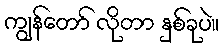
ကျွန်တော် လိုတာ နှစ်ခုပဲ။